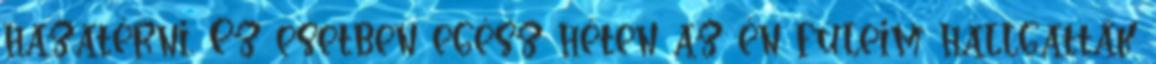
hazatérni. Ez esetben egész héten az én füleim hallgatták